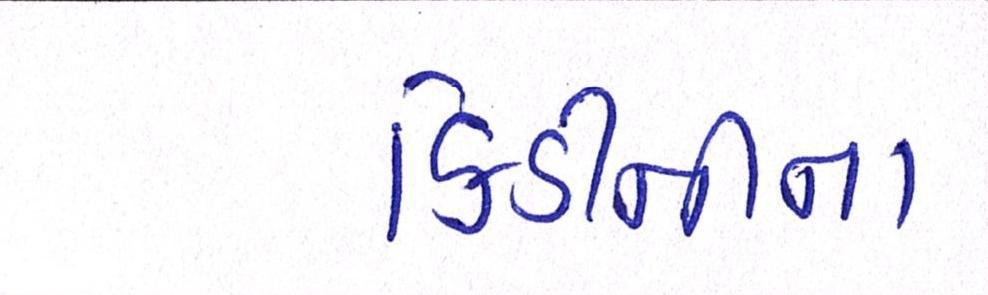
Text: કિડનીના